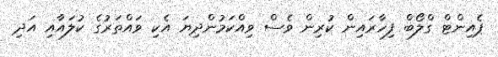
ޕެއިންޓް ގްލޯބް ފިހާރައިން ކުރިން ވެސް ވިއްކަމުންދިޔަ އެކި ވައްތަރުގެ ކުލައާއި އަދި